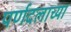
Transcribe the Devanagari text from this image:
पर्णदलाच्या